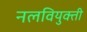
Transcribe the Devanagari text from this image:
नलवियुक्ती